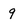
Character: 9